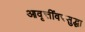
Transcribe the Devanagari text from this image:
आवृत्तींवरसुद्धा